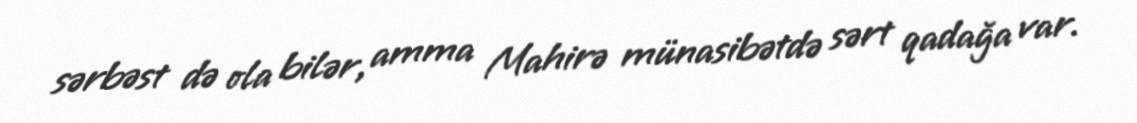
sərbəst də ola bilər, amma Mahirə münasibətdə sərt qadağa var.